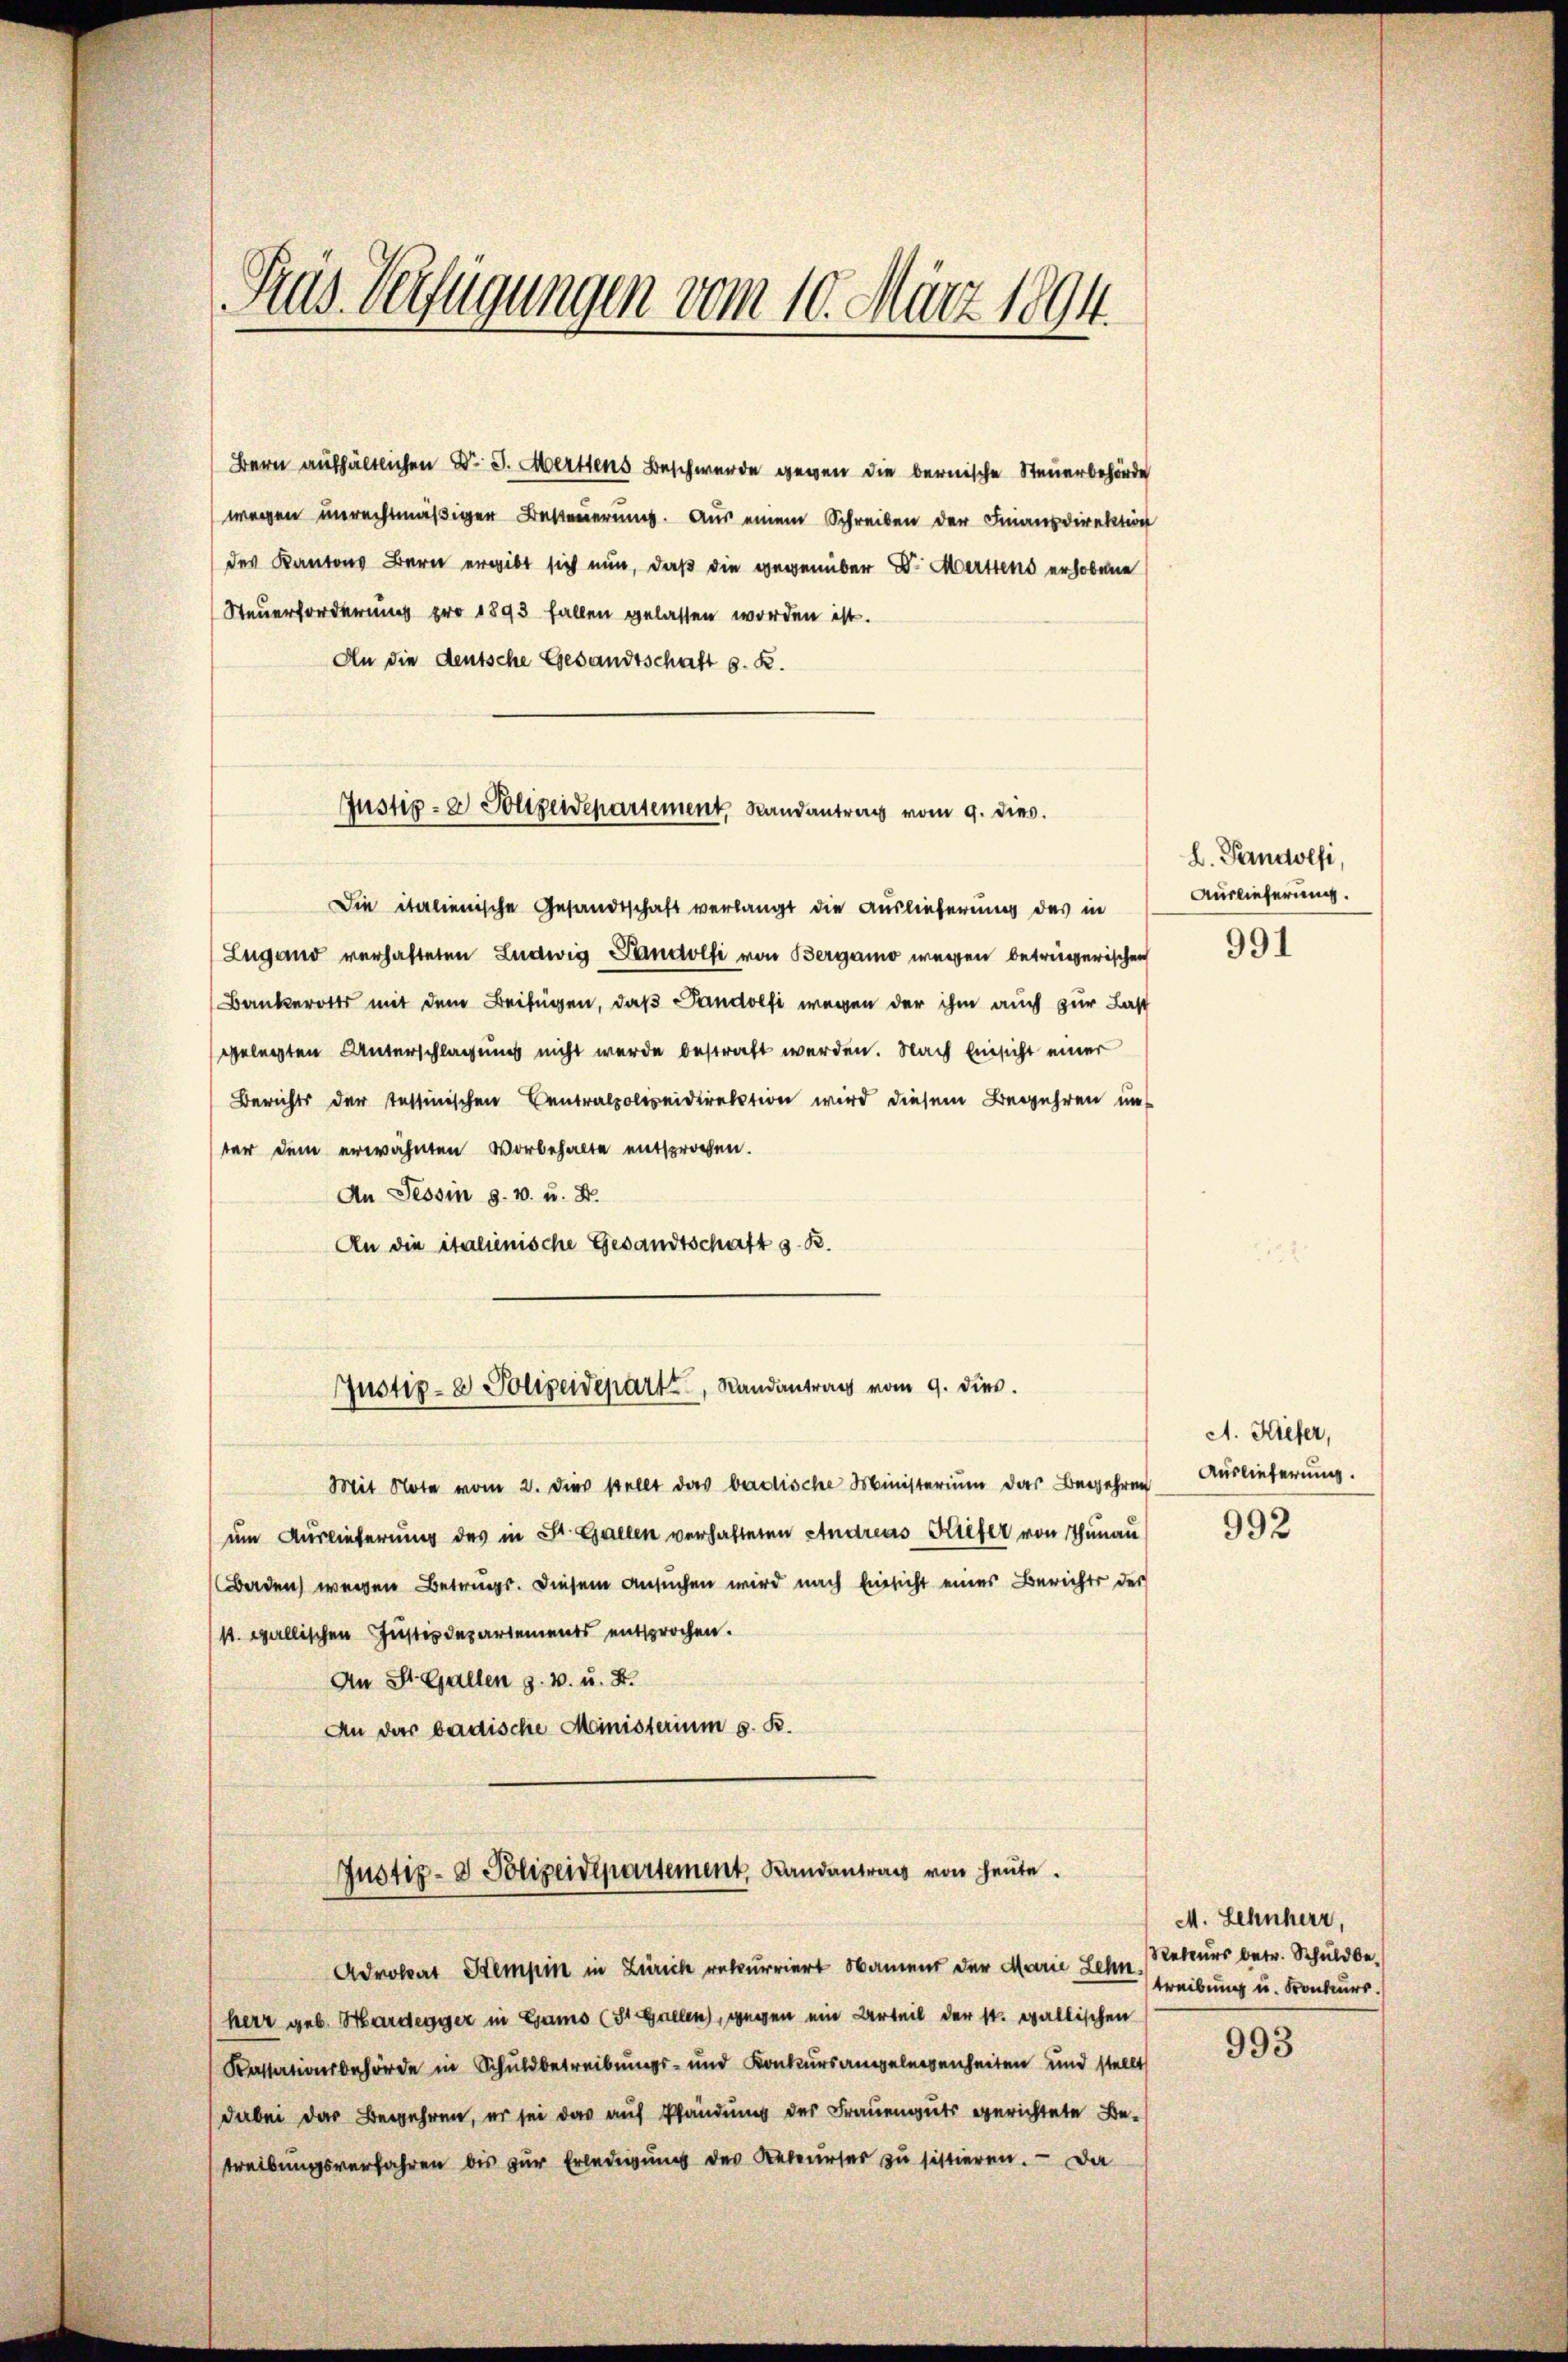
An die deutsche Gesandtschaft G. K.
Die italienische Gesandtschaft verlangt die Auslieferung des in
Lugano verhafteten Ludwig Landolfi von Bergamo wegen betrügerischen
Bankerott mit dem Beifügen, daß Pandolfi wegen der ihm auch zur Last
gelegten Unterschlagung nicht werde bestraft werden. Nach Einsicht einer
Berichts der Tessinischen Centralpolizeidirektion wird diesem Begehren un
ter dem erwähnten Vorbehalte entsprochen.
An Tessin s. v. u. 2.
An die italienische Gesandtschaft z. B.
Justiz- & Polizeidepart, Randantrag vom 9. dies
Mit Note vom 2. dies stellt das badische Ministerium das Begehren Auslieferung.
um Auslieferung des in St. Gallen verhalteten Andreas Kiefer von Thunau
Boden wegen Betrugs. Diesem Ansuchen wird nach Einsicht einer Berichts des
st. gallischen Justizdepartements entsprochen.
An St. Gallen z. B. u. 2.
An das badische Ministerium s. B.
Justiz- & Polizeidepartement, Landantrag von heute.
Advokat Stempin in Zürich rekurriert Nament der Marie Lehen. (eteurs betr. Schuldbe-
herr geb. Hardegger in Gamo (St. Gallen, wegen ein Urteil der st. gallischen
Kassationsbehörde in Schuldbetreibungs- und Konkursangelegenheiten und stellt
dabei das Begehren, er sei das auf Pfändung des Frauenguts gerichtete Betreibungsverfahren bis zur Erledigung des Rekurses zu sittieren. — Da

Pras Verfügungen vom 10. März 1894.

Justiz- & Polizeidepartement, Randantrag vom 9. dies

Bern aufhältlichen Dr. J. Mertens Beschwerde gegen die bernische Steuerbehörde
wegen unrechtmäßiger Besteuerung. Aus einem Schreiben der Finanzdirektion
des Kantons Bern ergibt sich nun, daß die gegenüber Dr. Merttens erhobene
Steuerforderung pro 1893 fallen gelassen worden ist.

L. Pandolfi,
Auslieferung.
991

A. Kiefer,

992

M. Lehnherr,
treibung u. Konkurs.

993